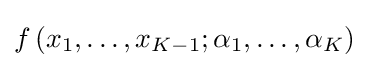
f\left(x_{1},\ldots ,x_{K-1};\alpha _{1},\ldots ,\alpha _{K}\right)